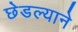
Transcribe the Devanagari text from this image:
छेडल्याने